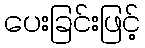
ပေးခြင်းဖြင့်